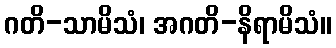
ဂတိ-သာမိသံ၊ အဂတိ-နိရာမိသံ။